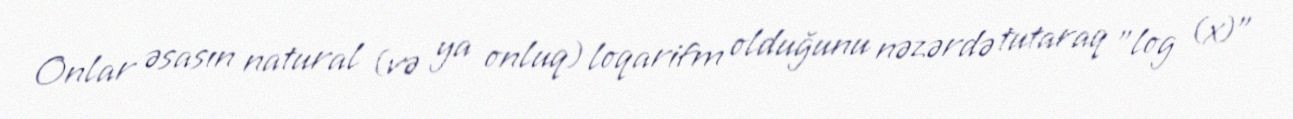
Onlar əsasın natural (və ya onluq) loqarifm olduğunu nəzərdə tutaraq "log (x)"